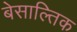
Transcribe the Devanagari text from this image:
बेसाल्तिक